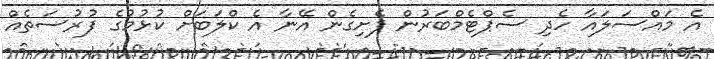
އެ މައްސަލައާ ހެދި ސެޕްޓެމްބަރުން ފެށިގެން އޭނާ އެ ކްލަބަށް ކުޅުމުގެ ފުރުސަތެއް